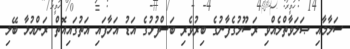
ސަލާމާއި ޞަލަވާތްލެއްވި ރަސޫލުގެފާނުގެ ބިރުވެރި ބަސްފުޅުގެ އަޑު އަހާފައި އަތުގައިއޮތް ރަންއުޅާ ބޭލި